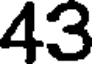
43